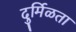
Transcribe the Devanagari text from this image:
दुर्मिळता